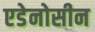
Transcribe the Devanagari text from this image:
एडेनोसीन